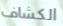
الكشاف